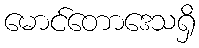
မောင်တောဒေသရှိ